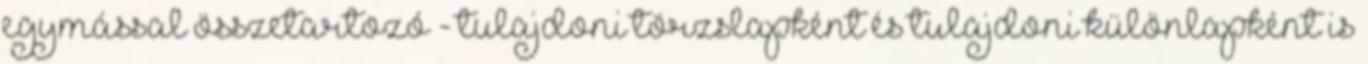
egymással összetartozó - tulajdoni törzslapként és tulajdoni különlapként is